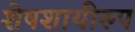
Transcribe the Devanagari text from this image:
शेषशायीरुप